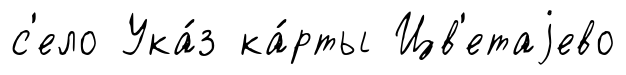
с'ело Ука́з ка́рты Цв'етаjево